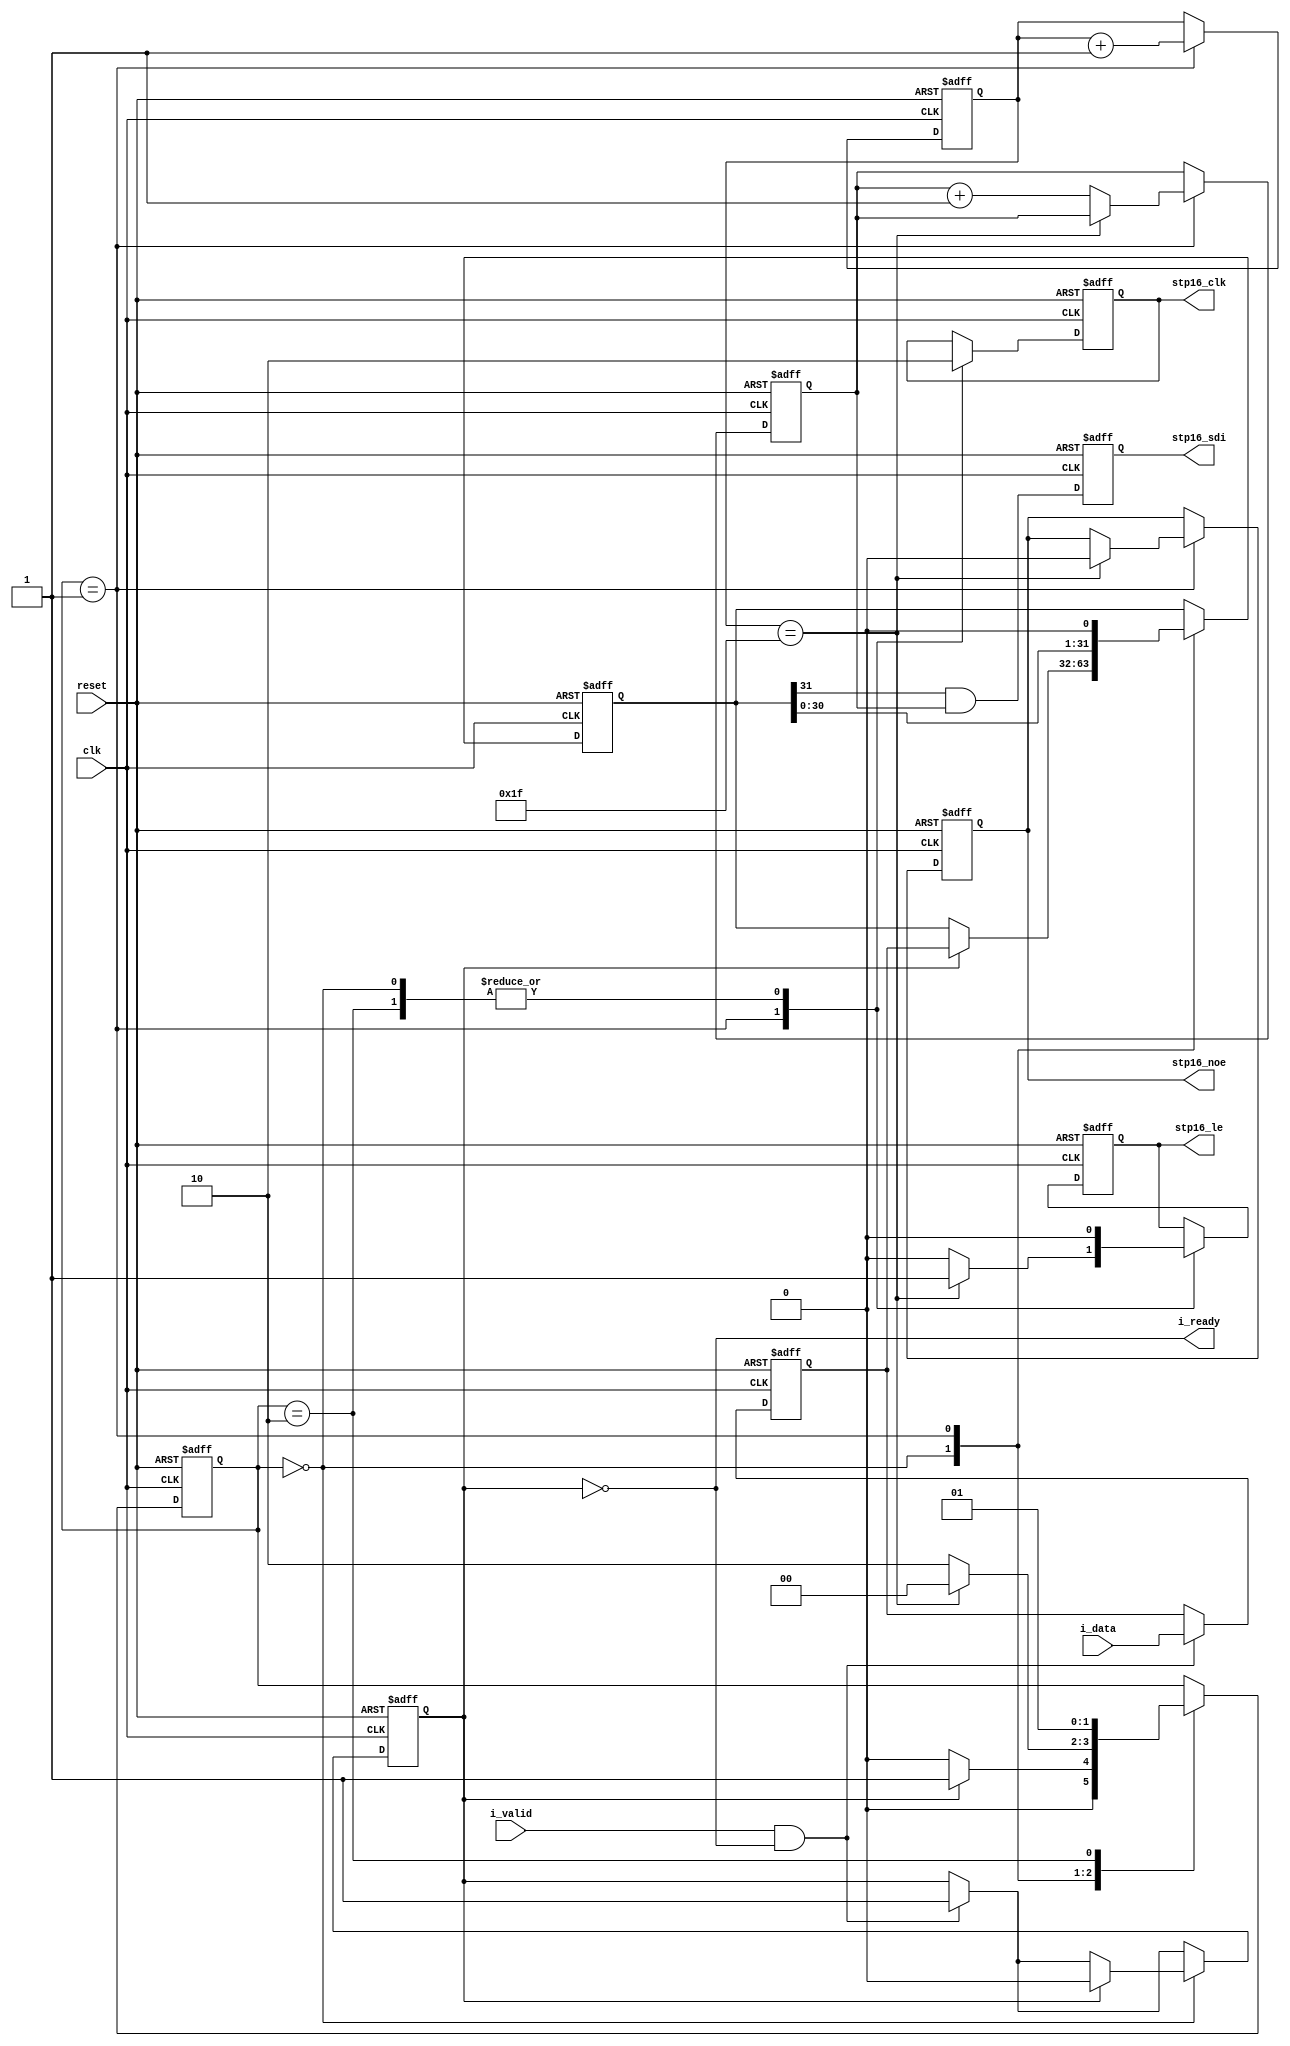
`default_nettype none

module stp16cpc26 #(parameter width = 32, dynamic_drive_interval = 1)
    (input wire reset,
     input wire clk,
     input wire i_valid,
     output wire i_ready,
     input wire [width-1:0] i_data,
     output reg stp16_le,
     output reg stp16_noe,
     output reg stp16_clk,
     output reg stp16_sdi);

    reg [1:0] state;
    reg [$clog2(width)-1:0] count;
    wire [$clog2(width)-1:0] count_last = width - 1;
    reg [width-1:0] current_data;
    reg [width-1:0] loaded_data;
    reg [dynamic_drive_interval-1:0] dynamic_drive_count;
    reg is_loaded;

    assign i_ready = !is_loaded;

    always @(posedge clk or posedge reset) begin
        if (reset) begin
            stp16_clk <= 1'b0;
            stp16_sdi <= 1'b0;
            stp16_le <= 1'b0;
            stp16_noe <= 1'b1;
            count <= 0;
            state <= 2'b00;
            current_data <= 0;
            dynamic_drive_count <= 2'b00;
            is_loaded <= 1'b0;
            loaded_data <= 0;
        end else begin
            if (i_valid && i_ready) begin
                is_loaded <= 1'b1;
                loaded_data <= i_data;
            end
            stp16_sdi <= current_data[width-1] & &dynamic_drive_count;
            case (state)
                2'b00: begin
                    stp16_clk <= 1'b0;
                    stp16_le <= 1'b0;
                    if (is_loaded) begin
                        current_data <= loaded_data;
                        is_loaded <= 1'b0;
                        state <= 2'b01;
                    end else begin
                        state <= 2'b00;
                    end
                end
                2'b01: begin
                    stp16_clk <= 1'b1;
                    current_data <= current_data[width-2:0] << 1'b1;
                    count <= count + 1'b1;
                    if (count == count_last) begin
                        stp16_le <= 1'b1;
                        stp16_noe <= 1'b0;
                        state <= 2'b00;
                    end else begin
                        dynamic_drive_count <= dynamic_drive_count + 1'b1;
                        stp16_le <= 1'b0;
                        state <= 2'b10;
                    end
                end
                2'b10: begin
                    stp16_clk <= 1'b0;
                    stp16_le <= 1'b0;
                    state <= 2'b01;
                end
            endcase
        end
    end
endmodule